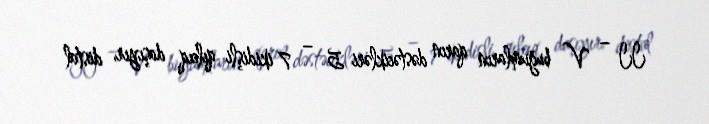
II – V buğumların qarın dəstəcikləri 5 – 7 ikidişli qılcıq daşıyır, distal